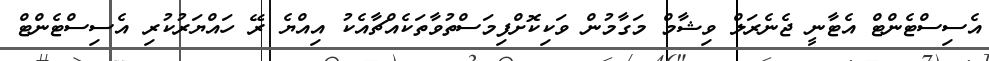
އެސިސްޓެންޓް އެޓާނީ ޖެނެރަލް ވިޝާމް މަގާމުން ވަކިކޮށްފިމަސްތުވާތަކެއްޗާއެކު އިއްޔެ ރޭ ހައްޔަރުކުރި އެސިސްޓެންޓް